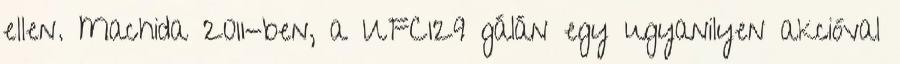
ellen. Machida 2011-ben, a UFC129 gálán egy ugyanilyen akcióval